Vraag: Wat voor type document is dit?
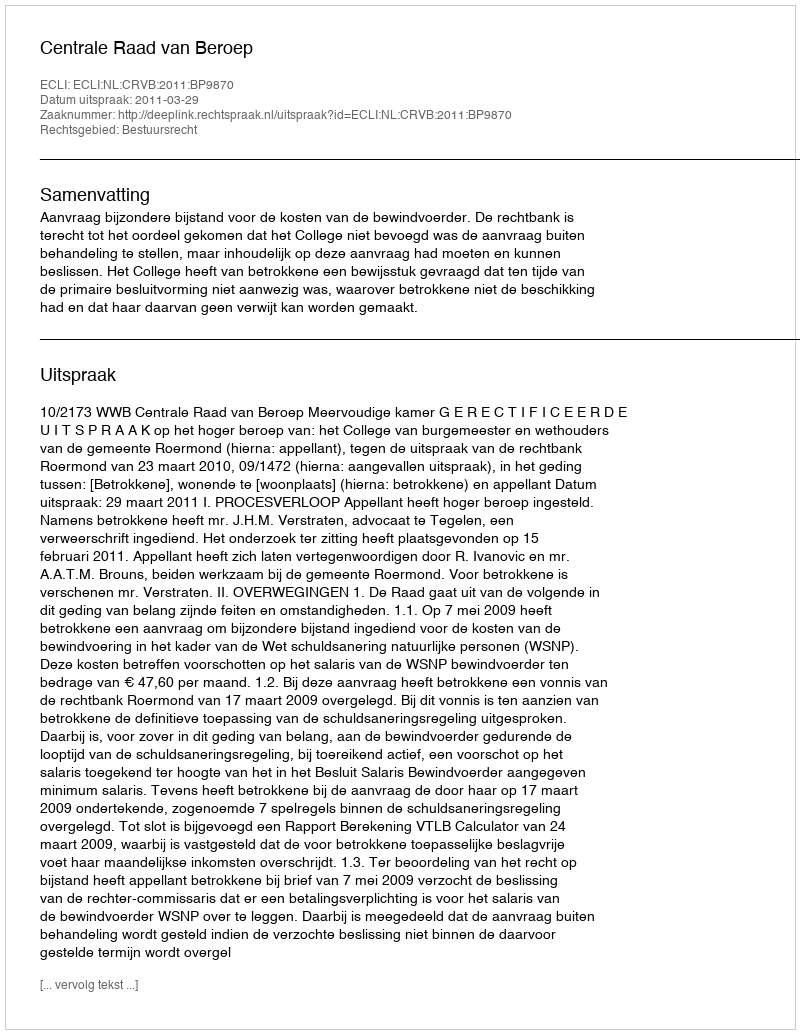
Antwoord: Uitspraak